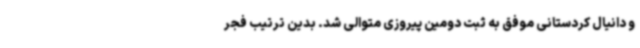
و دانیال کردستانی موفق به ثبت دومین پیروزی متوالی شد. بدین ترتیب فجر